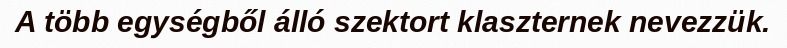
A több egységből álló szektort klaszternek nevezzük.